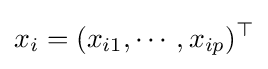
x_{i}=(x_{i1},\cdots ,x_{ip})^{\top }